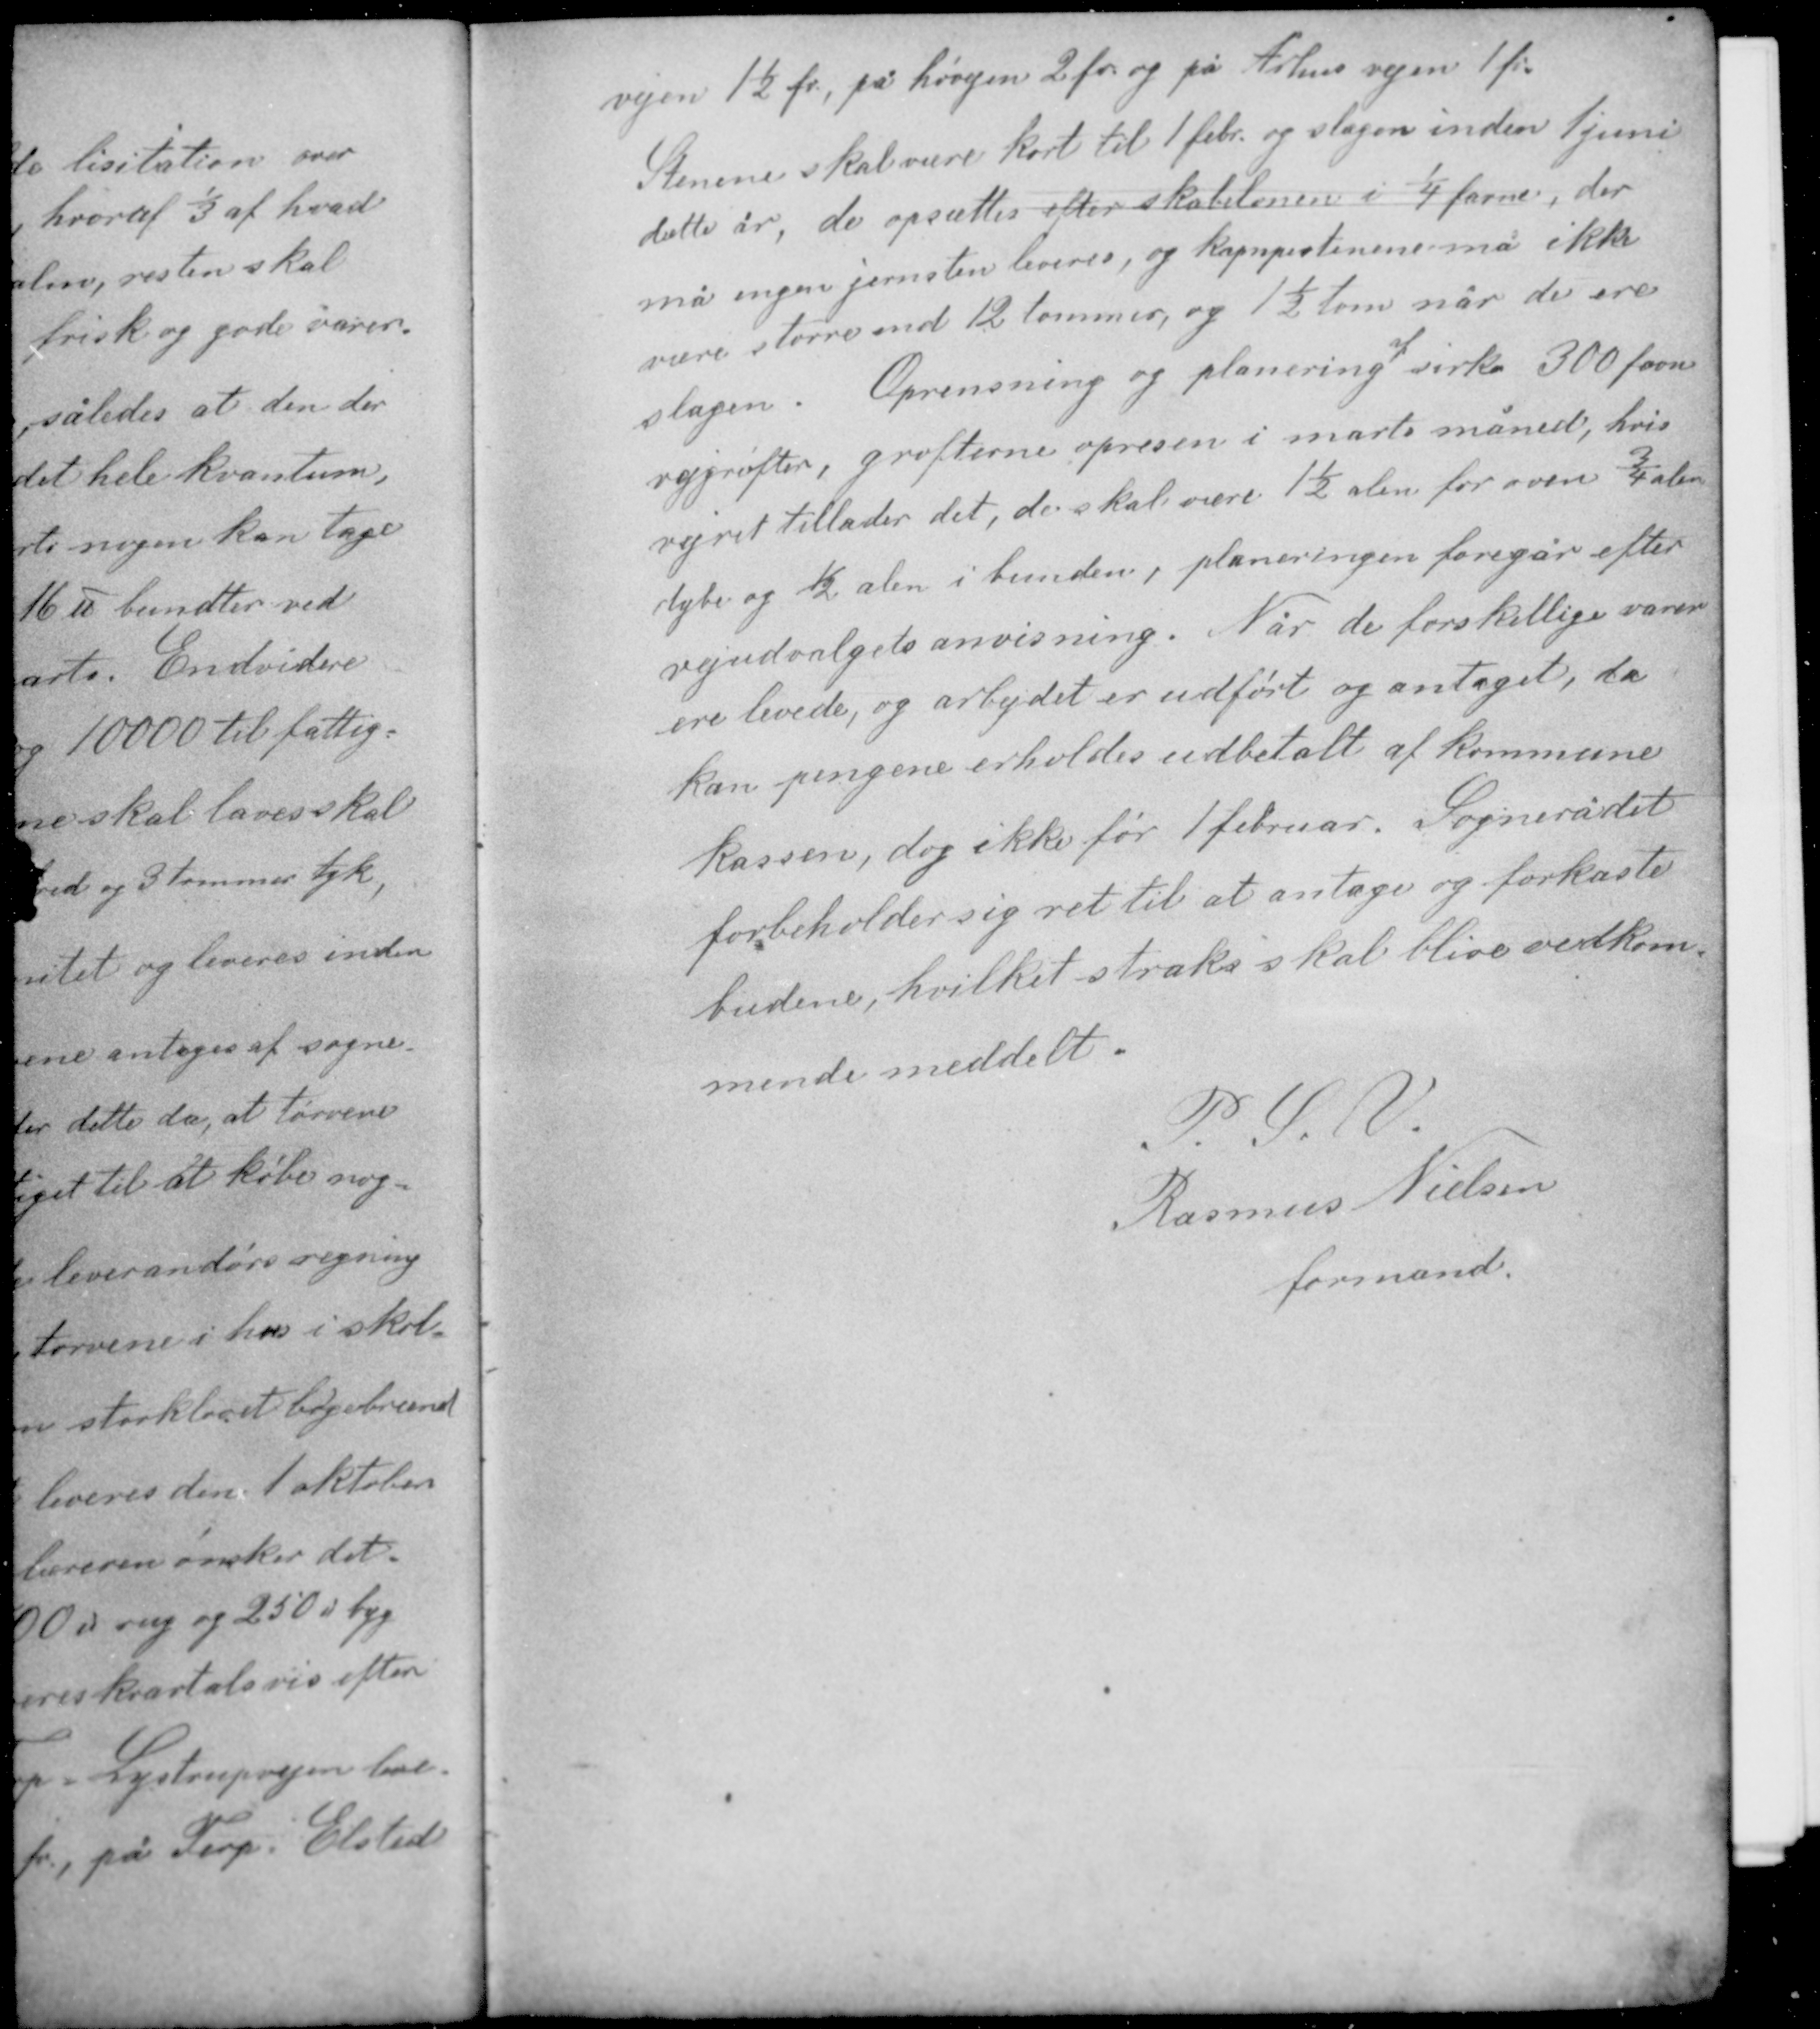
Transskription:
vejen 1½ fv, på høvejen 2 fv og på Århus vejen 1 fv.
Stenene skal være kørt til 1 febr. og slagen inden 1 juni
dette år, de opsættes efter skabelonen i 1/4 favne, der
må ingen jernsten leveres, og kampestenene må ikke
være større end 12 tommer, og 1½ tom når de ere
af
slagen. Oprensning og planering cirka 300 favne

vejgrøfter, grøfterne opresen i marts måned, hvis
vejret tillader det, de skal være 1½ alen for oven, ¾ alen
dybe og ½ alen i bunden, planeringen foregår efter
vejudvalgets anvisning. Når de forskellige varer
ere levede, og arbejdet er udført og antaget, da
kan pengene erholdes udbetalt af kommune
kassen, dog ikke før 1 februar. Sognerådet
forbeholder sig ret til at antage og forkaste
budene, hvilket straks skal blive vedkom-
mende meddelt.

P. S. V.
Rasmus Nielsen
formand